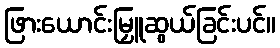
ဖြားယောင်းမြှူဆွယ်ခြင်းပင်။